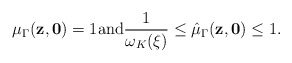
\begin{align*} \mu_{\Gamma} ( \mathbf{z}, \mathbf{0} ) = 1\textrm{and}\frac{1}{\omega_K (\xi)} \leq \hat{\mu}_{\Gamma} ( \mathbf{z}, \mathbf{0} ) \leq 1. \end{align*}